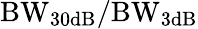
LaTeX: \mathrm{BW_{30dB}/BW_{3dB}}